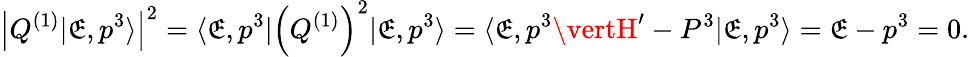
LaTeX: \left|Q^{(1)}\vert\mathfrak{E},p^{3}\rangle\right|^{2}=\langle\mathfrak{E},p^{3}\vert\left(Q^{(1)}\right)^{2}\vert\mathfrak{E},p^{3}\rangle=\langle\mathfrak{E},p^{3}\vertH^{\prime}-P^{3}\vert\mathfrak{E},p^{3}\rangle=\mathfrak{E}-p^{3}=0.